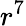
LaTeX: r^{7}